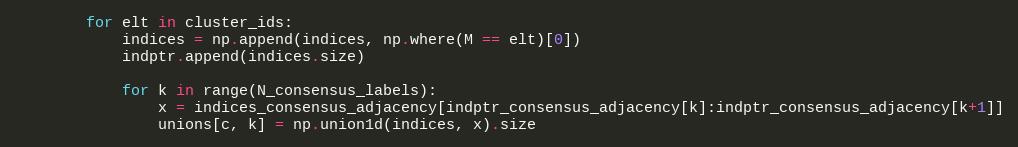
Language: Python
        for elt in cluster_ids:
            indices = np.append(indices, np.where(M == elt)[0])
            indptr.append(indices.size)

            for k in range(N_consensus_labels):
                x = indices_consensus_adjacency[indptr_consensus_adjacency[k]:indptr_consensus_adjacency[k+1]]
                unions[c, k] = np.union1d(indices, x).size